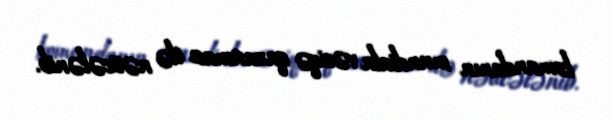
komandanın mundiala vəsiqə qazanması ilə nəticələnib.